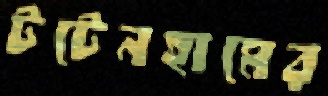
টটেনহামের